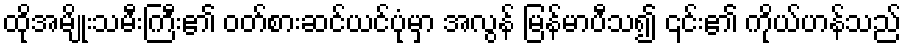
ထိုအမျိုးသမီးကြီး၏ ဝတ်စားဆင်ယင်ပုံမှာ အလွန် မြန်မာပီသ၍ ၎င်း၏ ကိုယ်ဟန်သည်